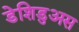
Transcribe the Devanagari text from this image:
डेशिडुअस